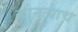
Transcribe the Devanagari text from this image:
कोनत्याच